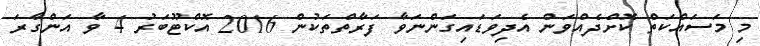
މި މަސައްކަތް ކޮށްދެއްވަން އެދިވަޑައިގަންނަވާ ފަރާތްތަކުން 2016 އޮކްޓޫބަރު 4 ވާ އަންގާރަ